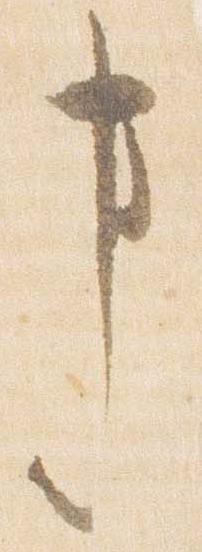
事